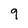
Character: 9